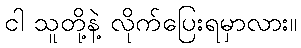
ငါ သူတို့နဲ့ လိုက်ပြေးရမှာလား။